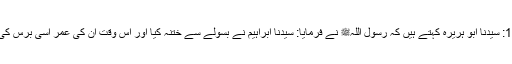
1607: سیدنا ابو ہریرہؓ کہتے ہیں کہ رسول اللہﷺ نے فرمایا: سیدنا ابراہیمؑ نے بسولے سے ختنہ کیا اور اس وقت ان کی عمر اسی برس کی تھی۔